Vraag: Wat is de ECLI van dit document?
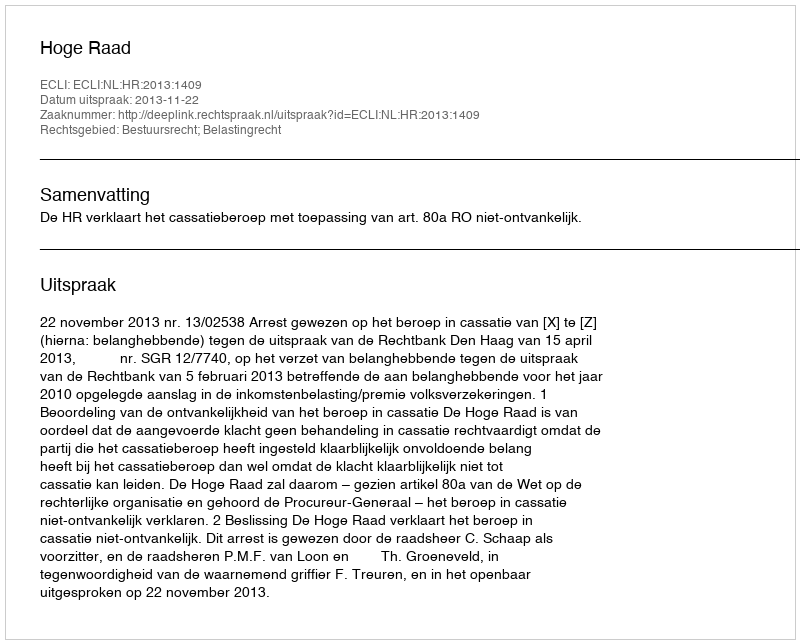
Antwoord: ECLI:NL:HR:2013:1409